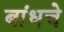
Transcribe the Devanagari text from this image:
बांधचे